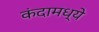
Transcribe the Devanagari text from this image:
कंदामध्ये